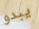
يبدو